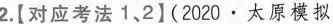
2.【对应考法1.2】(202·’太原模拟